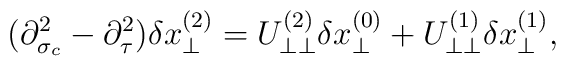
(\partial^2_{\sigma_c}-\partial^2_\tau)\delta x^{(2)}_\perp=U^{(2)}_{\perp\perp}\delta x^{(0)}_\perp+U^{(1)}_{\perp\perp}\delta x^{(1)}_\perp,